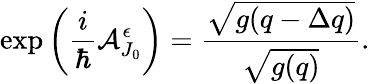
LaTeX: \exp\left(\frac{i}{\hbar}{\cal A}_{J_{0}}^{\epsilon}\right)=\frac{\sqrt{g(q-\Delta q)}}{\sqrt{g(q)}}.